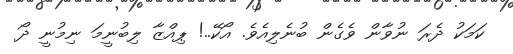
ކަމަކު ދެރަ ނުވާން ވެގެން ބުނެލިއެވެ. އޯކޭ..! ޕިއްޒާ ލިބުނީމަ ނިމުނީ ދޯ